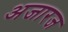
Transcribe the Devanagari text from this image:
अजारज